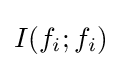
I(f_{i};f_{i})